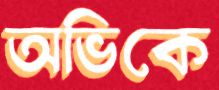
অভিকে